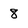
Character: 8